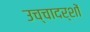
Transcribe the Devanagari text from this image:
उच्चादर्शों